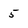
Character: 5